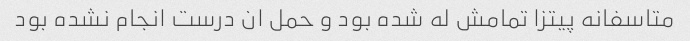
متاسفانه پیتزا تمامش له شده بود و حمل ان درست انجام نشده بود